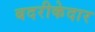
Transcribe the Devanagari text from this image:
बदरीकेदार